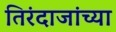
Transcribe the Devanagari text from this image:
तिरंदाजांच्या